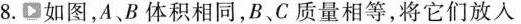
8.如图，A、B体积相同，B、C质量相等，将它们放入